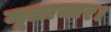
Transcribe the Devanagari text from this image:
मूलाचार।